Report on vaccination in the Province of Bengal - 1874-1889
Year: 1874
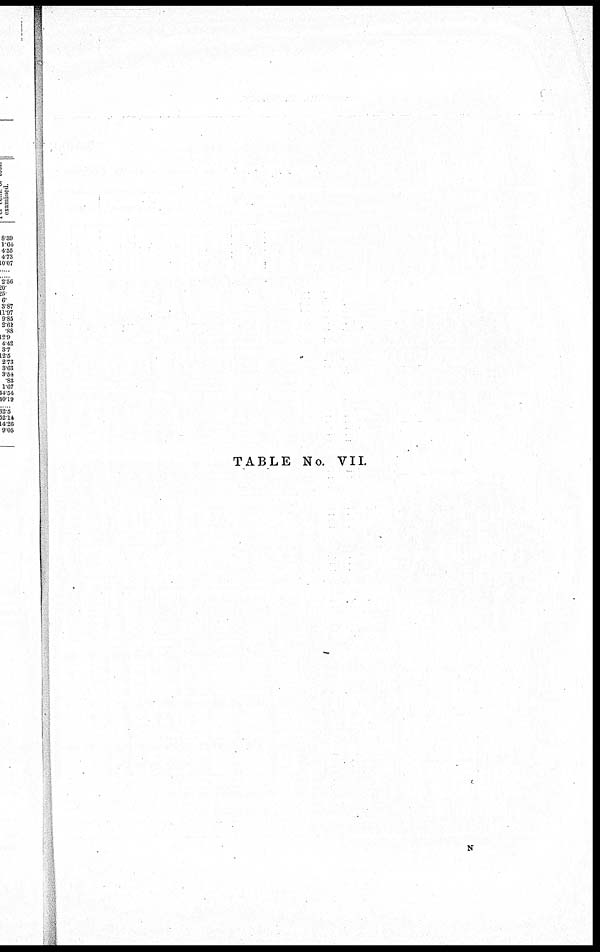
TABLE No. VII.